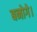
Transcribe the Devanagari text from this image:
बनोगे।